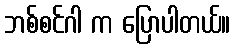
ဘစ်စင်ဂါ က ပြောပါတယ်။